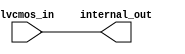
module lvcmos_buffer (
    input wire lvcmos_in,
    output reg internal_out
);

assign internal_out = lvcmos_in;

endmodule